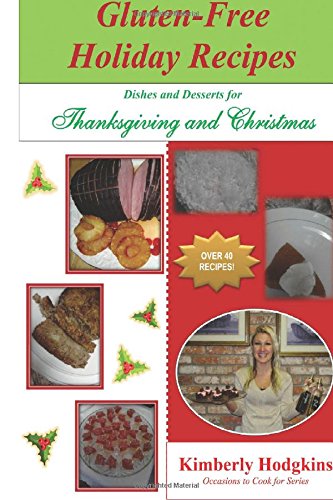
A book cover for Gluten-Free Holiday Recipes: Dishes and Desserts for Thanksgiving and Christmas (Occasions to Cook for Series) (Volume 2); Kimberly Hodgkins; Cookbooks, Food & Wine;